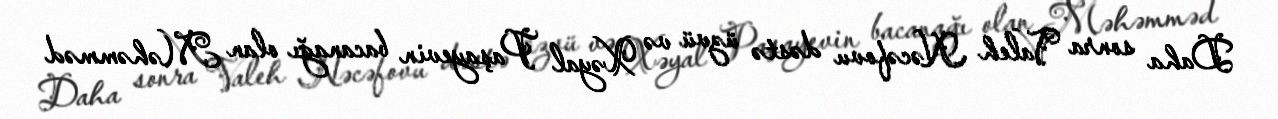
Daha sonra Valeh Nəcəfovu dəstə üzvü və Xəyal Paşayevin bacanağı olan Məhəmməd